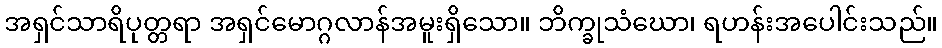
အရှင်သာရိပုတ္တရာ အရှင်မောဂ္ဂလာန်အမူးရှိသော။ ဘိက္ခုသံဃော၊ ရဟန်းအပေါင်းသည်။